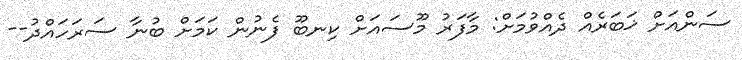
ސަންއަށް ޚަބަރެއް ދެއްވުމަށް: މާފަރު މޫސައަށް ކިނބޫ ފެނުން ކަމަށް ބުނާ ސަރަހައްދު--